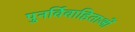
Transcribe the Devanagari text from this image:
पुनर्विवाहिताओं